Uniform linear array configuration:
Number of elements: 4
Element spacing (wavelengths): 1
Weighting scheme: uniform
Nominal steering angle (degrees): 60
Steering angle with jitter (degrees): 59.914
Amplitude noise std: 0.05
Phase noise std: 0.05

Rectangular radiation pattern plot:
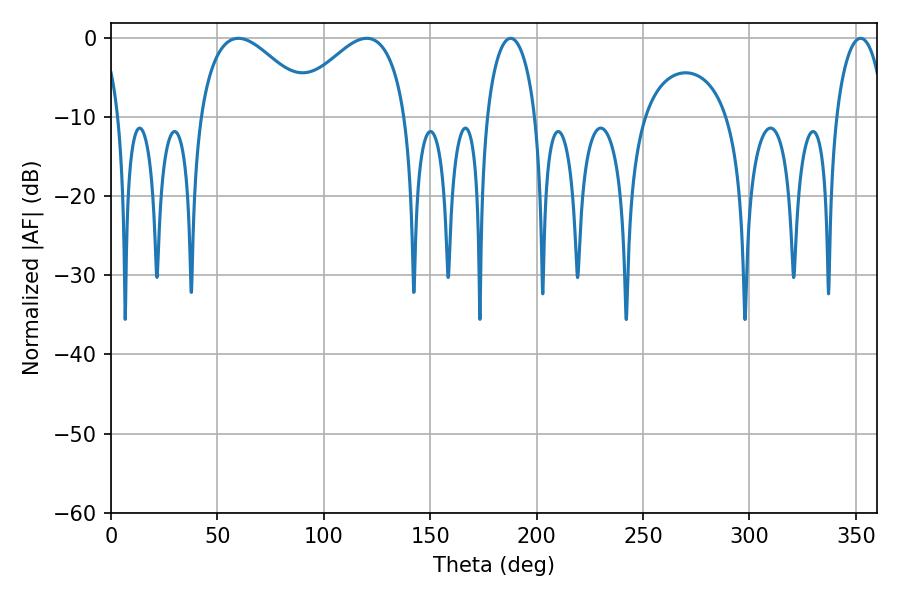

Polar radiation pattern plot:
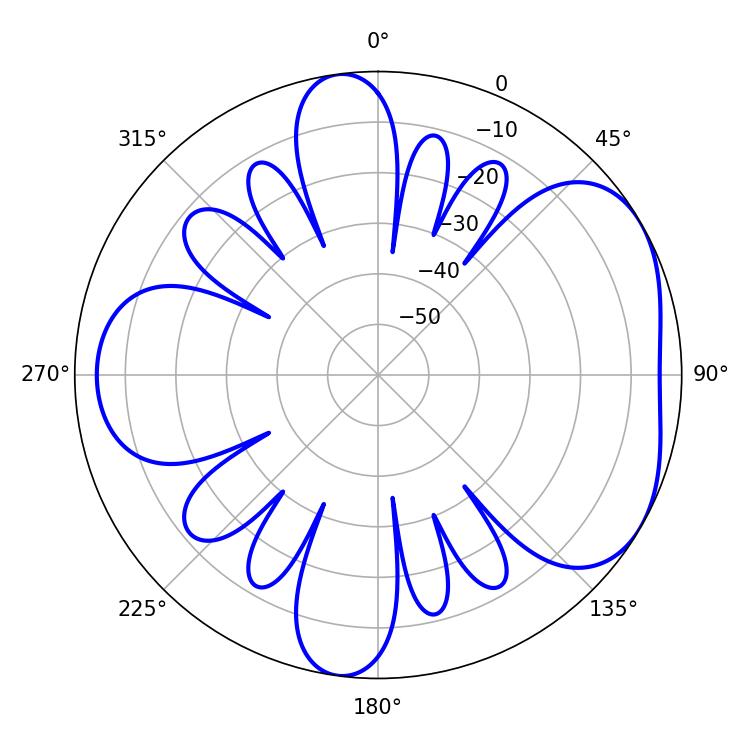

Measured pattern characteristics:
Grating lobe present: TRUE
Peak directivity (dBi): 4.726
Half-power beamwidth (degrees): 13.14
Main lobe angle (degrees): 187.74